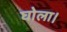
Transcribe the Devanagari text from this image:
घोला।